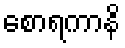
စောရကာနိ